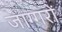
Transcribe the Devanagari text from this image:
जाग्गरों